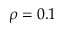
\rho = 0 . 1